Insane asylums in Bengal annual reports 1867-1875 - 1867-1875
Year: 1867
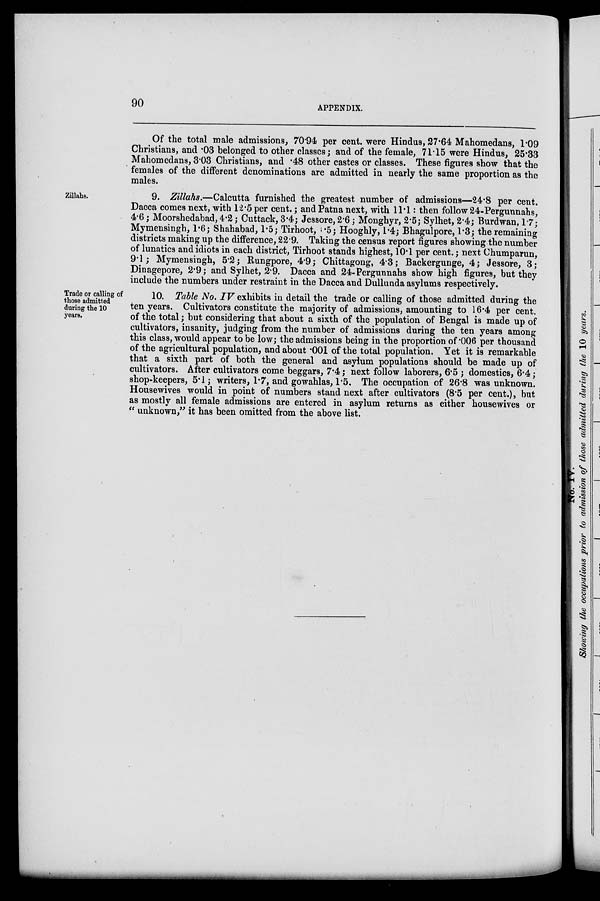
90
APPENDIX.
Of the total male admissions, 70.94 per cent. were Hindus, 27.64 Mahomedans, 1.09
Christians, and .03 belonged to other classes; and of the female, 71.15 were Hindus, 25.33
Mahomedans, 3.03 Christians, and .48 other castes or classes. These figures show that the
females of the different denominations are admitted in nearly the same proportion as the
males.
Zillahs.
9. Zillahs.—Calcutta furnished the greatest number of admissions—24.8 per cent.
Dacca comes next, with 12.5 per cent.; and Patna next, with 11.1: then follow 24-Pergunnahs,
4.6; Moorshedabad, 4.2; Cuttack, 3.4; Jessore, 2.6; Monghyr, 2.5; Sylhet, 2.4; Burdwan, 1.7;
Mymensingh, 1.6; Shahabad, 1.5; Tirhoot, 1.5; Hooghly, 1.4; Bhagulpore, 1.3; the remaining
districts making up the difference, 22.9. Taking the census report figures showing the number
of lunatics and idiots in each district, Tirhoot stands highest, 10.1 per cent.; next Chumparun,
9.1; Mymensingh, 5.2; Rungpore, 4.9; Chittagong, 4.3; Backergunge, 4; Jessore, 3;
Dinagepore, 2.9; and Sylhet, 2.9. Dacca and 24-Pergunnahs show high figures, but they
include the numbers under restraint in the Dacca and Dullunda asylums respectively.
Trade or calling of
those admitted
during the 10
years.
10. Table No. IV exhibits in detail the trade or calling of those admitted during the
ten years. Cultivators constitute the majority of admissions, amounting to 16.4 per cent.
of the total; but considering that about a sixth of the population of Bengal is made up of
cultivators, insanity, judging from the number of admissions during the ten years among
this class, would appear to be low; the admissions being in the proportion of .006 per thousand
of the agricultural population, and about .001 of the total population. Yet it is remarkable
that a sixth part of both the general and asylum populations should be made up of
cultivators. After cultivators come beggars, 7.4; next follow laborers, 6.5 ; domestics, 6.4;
shop-keepers, 5.1; writers, 1.7, and gowahlas, 1.5. The occupation of 26.8 was unknown.
Housewives would in point of numbers stand next after cultivators (8.5 per cent.), but
as mostly all female admissions are entered in asylum returns as either housewives or
" unknown," it has been omitted from the above list.